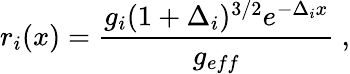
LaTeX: r_{i}(x)=\frac{g_{i}(1+\Delta_{i})^{3/2}e^{-\Delta_{i}x}}{g_{eff}}~,